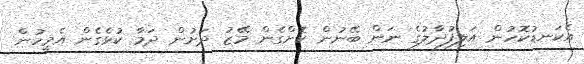
އެކަނޑުކޮހުން އަލިފުދާލުގެ ނަން ބޭނުން ކޮށްގެން މޭޒު ދަށުން ދަމާ ކުޅެގެން އެމީހުން